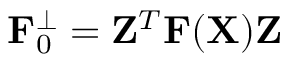
{ \displaystyle { \bf F } _ { 0 } ^ { \perp } = { \bf Z } ^ { T } { \bf F } ( { \bf X } ) { \bf Z } }